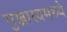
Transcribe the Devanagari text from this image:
गुञ्जारवमध्ये